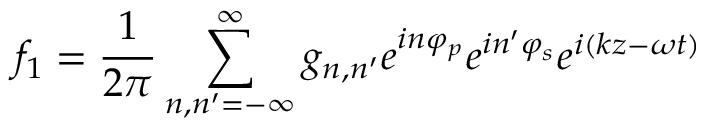
f _ { 1 } = \frac { 1 } { 2 \pi } \sum _ { n , n ^ { \prime } = - \infty } ^ { \infty } g _ { n , n ^ { \prime } } e ^ { i n \varphi _ { p } } e ^ { i n ^ { \prime } \varphi _ { s } } e ^ { i ( k z - \omega t ) }